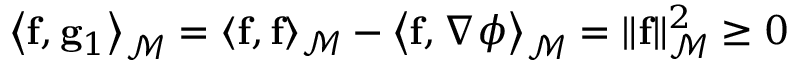
\left< \mathbf { f } , \mathbf { g } _ { 1 } \right> _ { \mathscr { M } } = \left< \mathbf { f } , \mathbf { f } \right> _ { \mathscr { M } } - \left< \mathbf { f } , \nabla \phi \right> _ { \mathscr { M } } = \| \mathbf { f } \| _ { \mathscr { M } } ^ { 2 } \geq 0